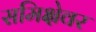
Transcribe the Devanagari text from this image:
समिक्षेवर